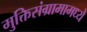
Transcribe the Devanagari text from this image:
मुक्तिसंग्रामामध्ये